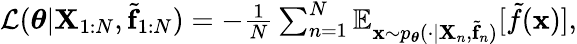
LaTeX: \begin{array}{r}{\mathcal{L}(\boldsymbol{\theta}|\mathbf{X}_{1:N},\tilde{\mathbf{f}}_{1:N})=-\frac{1}{N}\sum_{n=1}^{N}\mathbb{E}_{\mathbf{x}\sim p_{\boldsymbol{\theta}}(\cdot|\mathbf{X}_{n},\tilde{\mathbf{f}}_{n})}[\tilde{f}(\mathbf{x})],}\end{array}